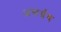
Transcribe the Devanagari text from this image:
अन्तर्ग्रथ